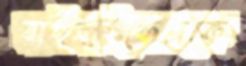
বাইসাইকেলকে